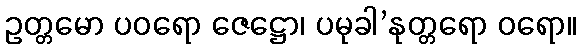
ဥတ္တမော ပဝရော ဇေဋ္ဌော၊ ပမုခါ’နုတ္တရော ဝရော။